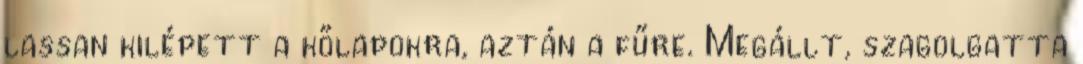
lassan kilépett a kőlapokra, aztán a fűre. Megállt, szagolgatta